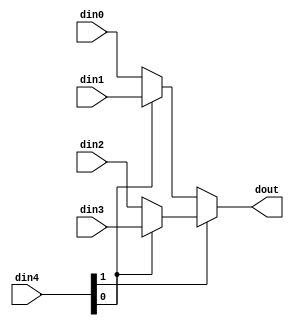
// ==============================================================
// Vitis HLS - High-Level Synthesis from C, C++ and OpenCL v2022.1 (64-bit)
// Tool Version Limit: 2022.04
// Copyright 1986-2022 Xilinx, Inc. All Rights Reserved.
// ==============================================================

`timescale 1ns/1ps

module ConvolutionInputGenerator_0_mux_432_8_1_1 #(
parameter
    ID                = 0,
    NUM_STAGE         = 1,
    din0_WIDTH       = 32,
    din1_WIDTH       = 32,
    din2_WIDTH       = 32,
    din3_WIDTH       = 32,
    din4_WIDTH         = 32,
    dout_WIDTH            = 32
)(
    input  [7 : 0]     din0,
    input  [7 : 0]     din1,
    input  [7 : 0]     din2,
    input  [7 : 0]     din3,
    input  [31 : 0]    din4,
    output [7 : 0]   dout);

// puts internal signals
wire [31 : 0]     sel;
// level 1 signals
wire [7 : 0]         mux_1_0;
wire [7 : 0]         mux_1_1;
// level 2 signals
wire [7 : 0]         mux_2_0;
// level 3 signals
wire [7 : 0]         mux_3_0;
// level 4 signals
wire [7 : 0]         mux_4_0;
// level 5 signals
wire [7 : 0]         mux_5_0;
// level 6 signals
wire [7 : 0]         mux_6_0;
// level 7 signals
wire [7 : 0]         mux_7_0;
// level 8 signals
wire [7 : 0]         mux_8_0;
// level 9 signals
wire [7 : 0]         mux_9_0;
// level 10 signals
wire [7 : 0]         mux_10_0;
// level 11 signals
wire [7 : 0]         mux_11_0;
// level 12 signals
wire [7 : 0]         mux_12_0;
// level 13 signals
wire [7 : 0]         mux_13_0;
// level 14 signals
wire [7 : 0]         mux_14_0;
// level 15 signals
wire [7 : 0]         mux_15_0;
// level 16 signals
wire [7 : 0]         mux_16_0;
// level 17 signals
wire [7 : 0]         mux_17_0;
// level 18 signals
wire [7 : 0]         mux_18_0;
// level 19 signals
wire [7 : 0]         mux_19_0;
// level 20 signals
wire [7 : 0]         mux_20_0;
// level 21 signals
wire [7 : 0]         mux_21_0;
// level 22 signals
wire [7 : 0]         mux_22_0;
// level 23 signals
wire [7 : 0]         mux_23_0;
// level 24 signals
wire [7 : 0]         mux_24_0;
// level 25 signals
wire [7 : 0]         mux_25_0;
// level 26 signals
wire [7 : 0]         mux_26_0;
// level 27 signals
wire [7 : 0]         mux_27_0;
// level 28 signals
wire [7 : 0]         mux_28_0;
// level 29 signals
wire [7 : 0]         mux_29_0;
// level 30 signals
wire [7 : 0]         mux_30_0;
// level 31 signals
wire [7 : 0]         mux_31_0;
// level 32 signals
wire [7 : 0]         mux_32_0;

assign sel = din4;

// Generate level 1 logic
assign mux_1_0 = (sel[0] == 0)? din0 : din1;
assign mux_1_1 = (sel[0] == 0)? din2 : din3;

// Generate level 2 logic
assign mux_2_0 = (sel[1] == 0)? mux_1_0 : mux_1_1;

// Generate level 3 logic
assign mux_3_0 = mux_2_0;

// Generate level 4 logic
assign mux_4_0 = mux_3_0;

// Generate level 5 logic
assign mux_5_0 = mux_4_0;

// Generate level 6 logic
assign mux_6_0 = mux_5_0;

// Generate level 7 logic
assign mux_7_0 = mux_6_0;

// Generate level 8 logic
assign mux_8_0 = mux_7_0;

// Generate level 9 logic
assign mux_9_0 = mux_8_0;

// Generate level 10 logic
assign mux_10_0 = mux_9_0;

// Generate level 11 logic
assign mux_11_0 = mux_10_0;

// Generate level 12 logic
assign mux_12_0 = mux_11_0;

// Generate level 13 logic
assign mux_13_0 = mux_12_0;

// Generate level 14 logic
assign mux_14_0 = mux_13_0;

// Generate level 15 logic
assign mux_15_0 = mux_14_0;

// Generate level 16 logic
assign mux_16_0 = mux_15_0;

// Generate level 17 logic
assign mux_17_0 = mux_16_0;

// Generate level 18 logic
assign mux_18_0 = mux_17_0;

// Generate level 19 logic
assign mux_19_0 = mux_18_0;

// Generate level 20 logic
assign mux_20_0 = mux_19_0;

// Generate level 21 logic
assign mux_21_0 = mux_20_0;

// Generate level 22 logic
assign mux_22_0 = mux_21_0;

// Generate level 23 logic
assign mux_23_0 = mux_22_0;

// Generate level 24 logic
assign mux_24_0 = mux_23_0;

// Generate level 25 logic
assign mux_25_0 = mux_24_0;

// Generate level 26 logic
assign mux_26_0 = mux_25_0;

// Generate level 27 logic
assign mux_27_0 = mux_26_0;

// Generate level 28 logic
assign mux_28_0 = mux_27_0;

// Generate level 29 logic
assign mux_29_0 = mux_28_0;

// Generate level 30 logic
assign mux_30_0 = mux_29_0;

// Generate level 31 logic
assign mux_31_0 = mux_30_0;

// Generate level 32 logic
assign mux_32_0 = mux_31_0;

// output logic
assign dout = mux_32_0;

endmodule